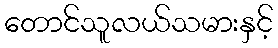
တောင်သူလယ်သမားနှင့်